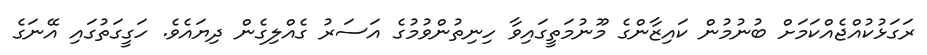
ރަގަޅުކުއްޖެއްކަމަށް ބުނުމުން ކައިޒާންގެ މޫނުމަތީގައިވާ ހިނިތުންވުމުގެ އަސަރު ގެއްލިގެން ދިޔައެވެ. ހަގީގަތުގައި އޭނަގެ